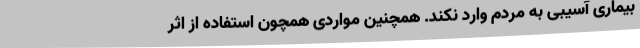
بیماری آسیبی به مردم وارد نکند. همچنین مواردی همچون استفاده از اثر